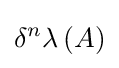
\delta ^{n}\lambda \,(A)